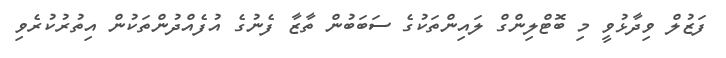
ފަޒުލް ވިދާޅުވީ މި ބޮޓްލިންގް ލައިންތަކުގެ ސަބަބުން ތާޒާ ފެނުގެ އުފެއްދުންތަކުން އިތުރުކުރެވި